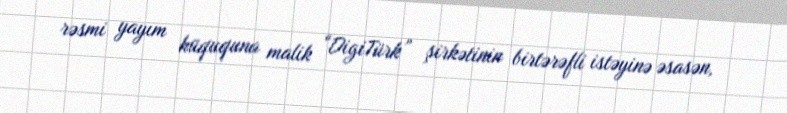
rəsmi yayım hüququna malik “DigiTürk” şirkətinin birtərəfli istəyinə əsasən,